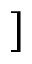
]